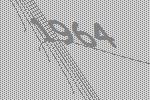
1964